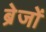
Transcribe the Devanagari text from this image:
ब्रेजों